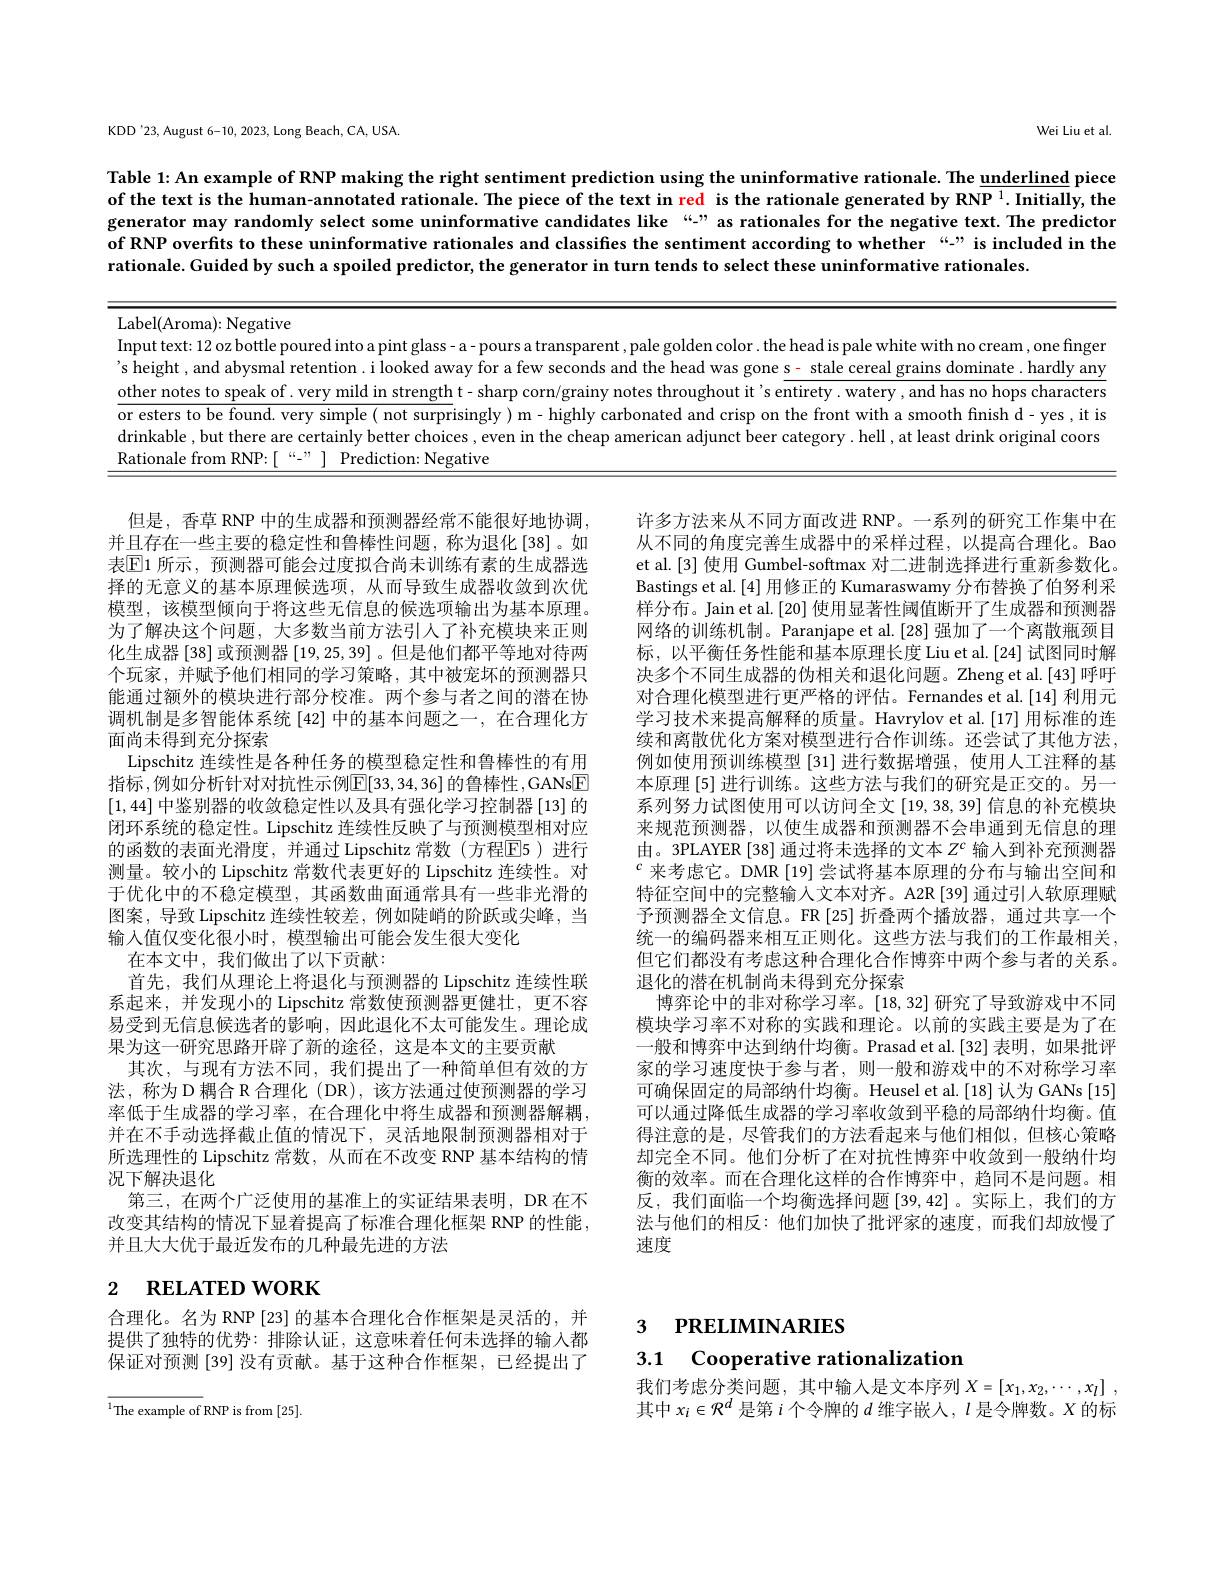
Wei Liu et al

KDD'23, August 6-10, 2023, Long Beach, CA, USA.

Table 1: An example of RNP making the right sentiment prediction using the uninformative rationale. The underlined piece of the text is the human-annotated rationale. The piece of the text in red is the rationale generated by RNP $^1.$ Initially, the generator may randomly select some uninformative candidates like “-” as rationales for the negative text. The predictor of RNP overfits to these uninformative rationales and classifies the sentiment according to whether “2” is included in the rationale. Guided by such a spoiled predictor, the generator in turn tends to select these uninformative rationales.

Label(Aroma): Negative
Input text: 12 oz bottle poured into a pint glass- a- pours a transparent, pale golden color. the head is pale white with no cream , one finger 's height, and abysmal retention. i looked away for a few seconds and the head was gone s- stale cereal grains dominate . hardly any other notes to speak of . very mild in strength t- sharp corn/grainy notes throughout it's entirety . watery , and has no hops characters or esters to be found. very simple( not surprisingly) m- highly carbonated and crisp on the front with a smooth finish d- yes, it is drinkable , but there are certainly better choices , even in the cheap american adjunct beer category . hell , at least drink original coors Rationale from RNP:[146,7] Prediction: Negative

但是，香草 RNP 中的生成器和预测器经常不能很好地协调， 并且存在一些主要的稳定性和鲁棒性问题，称为退化[38]。如表$\boxed{\mathrm{E}}$1 所示，预测器可能会过度拟合尚未训练有素的生成器选择的无意义的基本原理候选项，从而导致生成器收敛到次优模型，该模型倾向于将这些无信息的候选项输出为基本原理。为了解决这个问题，大多数当前方法引人了补充模块来正则化生成器[38] 或预测器[19,25,39] 。但是他们都平等地对待两个玩家，并赋予他们相同的学习策略，其中被宠坏的预测器只能通过额外的模块进行部分校准。两个参与者之间的潜在协调机制是多智能体系统 [42] 中的基本问题之一，在合理化方面尚未得到充分探索
Lipschitz 连续性是各种任务的模型稳定性和鲁棒性的有用指标 ,例如分析针对对抗性示例$\mathbb{E}[33,34,36]$ 的鲁棒性 ,GANs$\boxed{\mathrm{F}}$ [1,44]中鉴别器的收敛稳定性以及具有强化学习控制器[13] 的闭环系统的稳定性。Lipschitz 连续性反映了与预测模型相对应的函数的表面光滑度，并通过 Lipschitz 常数(方程$\overline{\mathrm{E}}$5)进行测量。较小的 Lipschitz 常数代表更好的 Lipschitz 连续性。对于优化中的不稳定模型，其函数曲面通常具有一些非光滑的图案，导致 Lipschitz 连续性较差，例如陡峭的阶跃或尖峰，当输入值仅变化很小时，模型输出可能会发生很大变化
在本文中，我们做出了以下贡献：
首先，我们从理论上将退化与预测器的 Lipschitz 连续性联系起来，并发现小的 Lipschitz 常数使预测器更健壮，更不容易受到无信息候选者的影响，因此退化不太可能发生。理论成果为这一研究思路开辟了新的途径，这是本文的主要贡献
其次，与现有方法不同，我们提出了一种简单但有效的方法，称为 D 耦合 R 合理化 ( DR), 该方法通过使预测器的学习率低于生成器的学习率，在合理化中将生成器和预测器解耦， 并在不手动选择截止值的情况下，灵活地限制预测器相对于所选理性的 Lipschitz 常数，从而在不改变 RNP 基本结构的情况下解决退化
第三，在两个广泛使用的基准上的实证结果表明，DR 在不改变其结构的情况下显着提高了标准合理化框架 RNP 的性能， 并且大大优于最近发布的几种最先进的方法

许多方法来从不同方面改进 RNP。一系列的研究工作集中在从不同的角度完善生成器中的采样过程，以提高合理化。Bao et al.[3] 使用 Gumbel-softmax 对二进制选择进行重新参数化。Bastings et al.[4] 用修正的 Kumaraswamy 分布替换了伯努利采样分布。Jain et al.[20] 使用显著性阈值断开了生成器和预测器网络的训练机制。Paranjape et al.[28] 强加了一个离散瓶颈目标，以平衡任务性能和基本原理长度 Liu et al. [24] 试图同时解决多个不同生成器的伪相关和退化问题。Zheng et al.[43] 呼吁对合理化模型进行更严格的评估。Fernandes et al.[14] 利用元学习技术来提高解释的质量。Havrylov et al.[17] 用标准的连续和离散优化方案对模型进行合作训练。还尝试了其他方法， 例如使用预训练模型 [31] 进行数据增强，使用人工注释的基本原理 [5] 进行训练。这些方法与我们的研究是正交的。另一系列努力试图使用可以访问全文[19,38,39]信息的补充模块来规范预测器，以使生成器和预测器不会串通到无信息的理由。3PLAYER [38] 通过将未选择的文本$Z^\mathrm{c}$输人到补充预测器$^{c}$来考虑它。DMR$\left[19\right]$尝试将基本原理的分布与输出空间和特征空间中的完整输入文本对齐。A2R[39] 通过引人软原理赋予预测器全文信息。FR[25]折叠两个播放器，通过共享一个统一的编码器来相互正则化。这些方法与我们的工作最相关， 但它们都没有考虑这种合理化合作博弈中两个参与者的关系。退化的潜在机制尚未得到充分探索
博弈论中的非对称学习率。[18,32]研究了导致游戏中不同模块学习率不对称的实践和理论。以前的实践主要是为了在一般和博弈中达到纳什均衡。Prasad et al.[32] 表明，如果批评家的学习速度快于参与者，则一般和游戏中的不对称学习率可确保固定的局部纳什均衡。Heusel et al.[18] 认为 GANs [15] 可以通过降低生成器的学习率收敛到平稳的局部纳什均衡。值得注意的是，尽管我们的方法看起来与他们相似，但核心策略却完全不同。他们分析了在对抗性博弈中收敛到一般纳什均衡的效率。而在合理化这样的合作博弈中，趋同不是问题。相反，我们面临一个均衡选择问题[39,42]。实际上，我们的方法与他们的相反：他们加快了批评家的速度，而我们却放慢了速度

# 2 RELATED WORK

3 РRELIMINARIES

合理化。名为 RNP [23] 的基本合理化合作框架是灵活的，并提供了独特的优势：排除认证，这意味着任何未选择的输入都保证对预测[39] 没有贡献。基于这种合作框架，已经提出了

# 3.1 Cooperative rationalization

我们考虑分类问题，其中输入是文本序列$X= [ x_1, x_2, \cdots , x_l]$ , 其中$x_i\in\mathcal{R}^d$是第$i$个令牌的$d$维字嵌人，$l$是令牌数。$X$的标

$^{1}$The example of RNP is from [25].